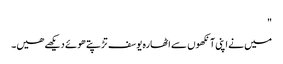
"
میں نے اپنی آنکھوں سے اٹھارہ یوسف تڑپتے ھوئے دیکھے ھیں۔